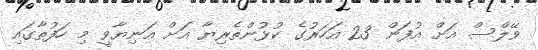
ވޭލްސް އަށް އުފަން 23 އަހަރުގެ ކުޅުންތެރިޔާ އަށް އަނިޔާވީ މި ހަފުތާގައި